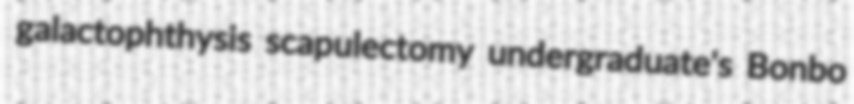
galactophthysis scapulectomy undergraduate's Bonbo